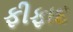
ફીફાદ